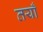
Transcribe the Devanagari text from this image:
तयाँ